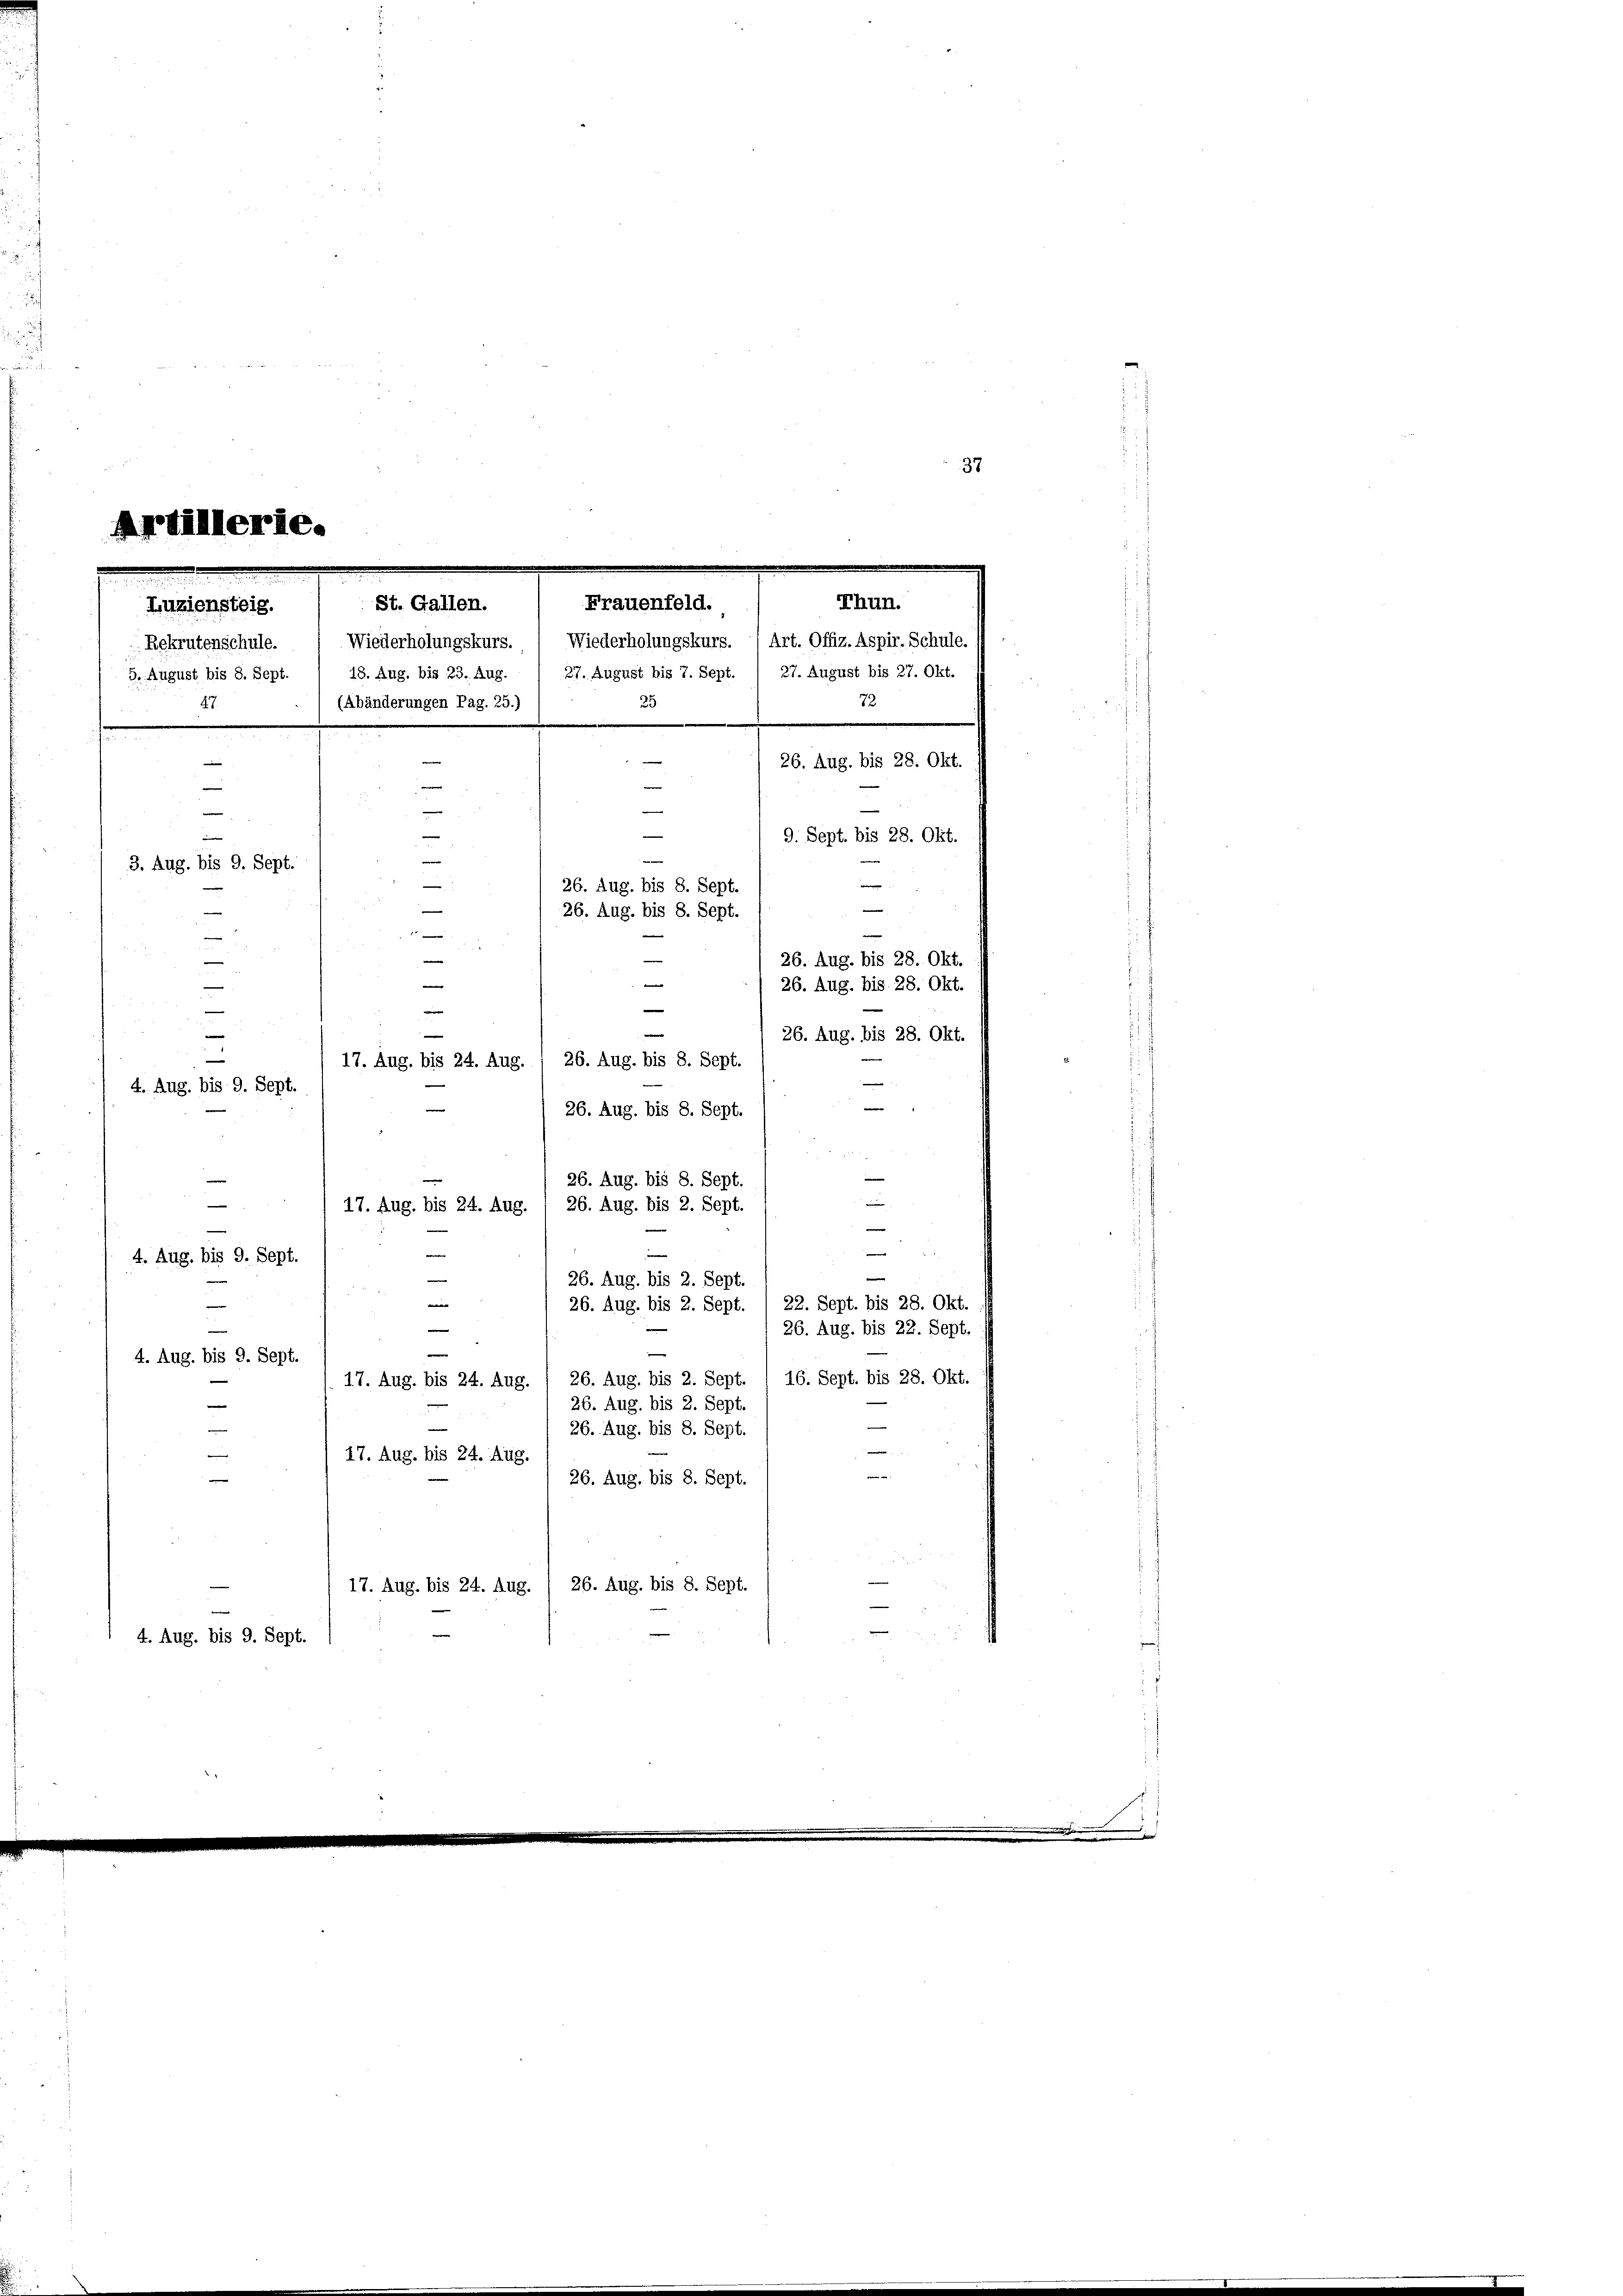
Artillerie.

e
37
Luziensteig.
5. August bis 8. Sept. / 18. Aug. bis 23. Aug. 1 27. August bis 7. Sept. / 27. August bis 27. Okt.
(Abänderungen Pag. 25.)
25
47.
e
e
1
e
e
e
e

—
e
|
3. Aug. bis 9. Sept.
—
26. Aug. bis 8. Sept.
—
1
e
—
a
n
—
e
e
¬
e
e
e
17. Aug. bis 24. Aug. / 26. Aug. bis 8. Sept.
—
4. Aug. bis 9. Sept.
e
26. Aug. bis 8. Sept.

26. Aug. bis 8. Sept.
e
—
26. Aug. bis 2. Sept.
17. Aug. bis 24. Aug.

"
4. Aug. bis 9. Sept.
e
26. Aug. bis 2. Sept.
.
26. Aug. bis 2. Sept. / 22. Sept. bis 28. Okt.
—
d
¬
26. Aug. bis 22. Sept.
4. Aug. bis 9. Sept.
16. Sept. bis 28. Okt.
26. Aug. bis 2. Sept.
17. Aug. bis 24. Aug.
26. Aug. bis 2. Sept.
e
26. Aug. bis 8. Sept.
—
17. Aug. bis 24. Aug.
—
n
26. Aug. bis 8. Sept.
17. Aug. bis 24. Aug. / 26. Aug. bis 8. Sept.

e
4. Aug. bis 9. Sept.

St. Gallen.
Rekrutenschule. ( Wiederholungskurs. ( Wiederholungskurs. (Art. Offiz. Aspir-Schule,

Thun.
Frauenfeld.

26. Aug. bis 8. Sept.

72
26. Aug. bis 28. Okt.
9. Sept. bis 28. Okt.
e
e
e
26. Aug. bis 28. Okt.
26. Aug. bis 28. Okt.
26. Aug. bis 28. Okt.

.